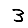
Digit: 3